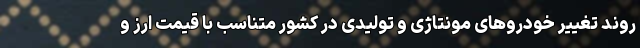
روند تغییر خودروهای مونتاژی و تولیدی در کشور متناسب با قیمت ارز و